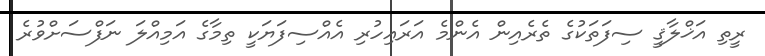
ރީތި އަޚްލާޤީ ސިފަތަކުގެ ތެރެއިން އެންމެ އަރައިހުރި އެއްސިފަޔަކީ ތިމާގެ އަމިއްލަ ނަފްސަށްވުރެ